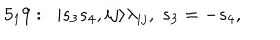
5 _ { 1 } 9 : \; \; | s _ { 3 } s _ { 4 } , i j \rangle \lambda _ { i j } , \; s _ { 3 } = - s _ { 4 } ,